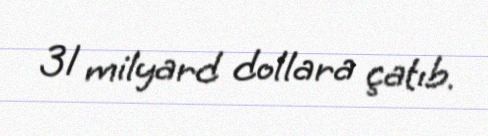
31 milyard dollara çatıb.